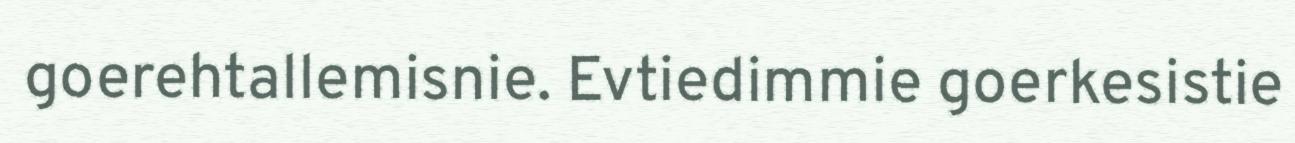
goerehtallemisnie. Evtiedimmie goerkesistie